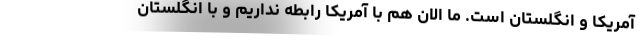
آمریکا و انگلستان است. ما الان هم با آمریکا رابطه نداریم و با انگلستان